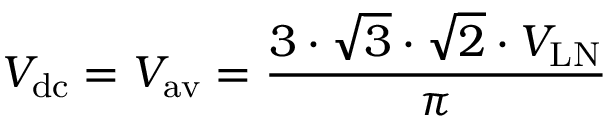
V _ { \mathrm { d c } } = V _ { \mathrm { a v } } = { \frac { 3 \cdot { \sqrt { 3 } } \cdot { \sqrt { 2 } } \cdot V _ { \mathrm { L N } } } { \pi } }